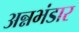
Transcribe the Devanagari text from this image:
अन्नभंडार